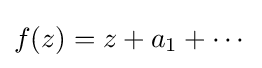
f(z)=z+a_{1}+\cdots